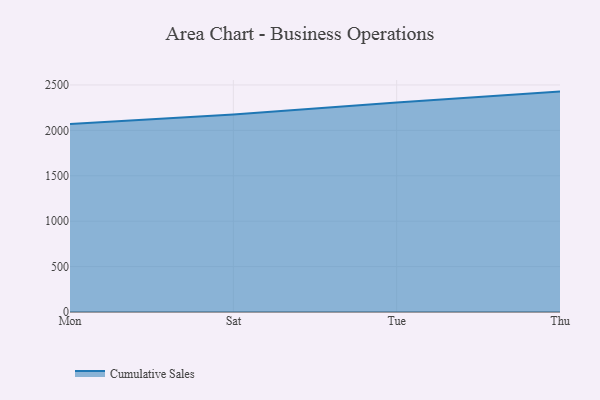
{"axis": {"x": "Day", "y": "Temperature (°C)"}, "legend": ["Cumulative Sales"], "data": [{"x": "Mon", "y": 2069.8, "type": "Cumulative Sales"}, {"x": "Sat", "y": 2173.8, "type": "Cumulative Sales"}, {"x": "Tue", "y": 2307.6, "type": "Cumulative Sales"}, {"x": "Thu", "y": 2427.1, "type": "Cumulative Sales"}]}